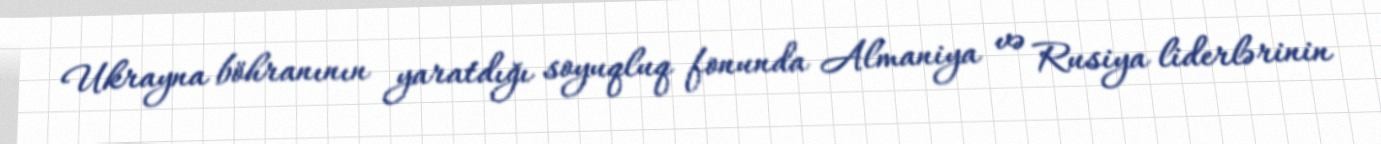
Ukrayna böhranının yaratdığı soyuqluq fonunda Almaniya və Rusiya liderlərinin